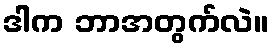
ဒါက ဘာအတွက်လဲ။